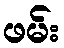
ဖမ်း